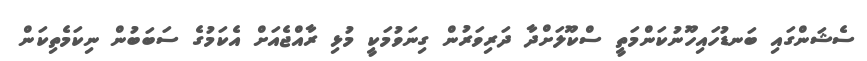
ސެޝަންގައި ބަނޑުހައިހޫނުކަންމަތީ ސްކޫލަށްދާ ދަރިވަރުން ގިނަވުމަކީ މުޅި ރާއްޖެއަށް އެކަމުގެ ސަބަބުން ނިކަމެތިކަން